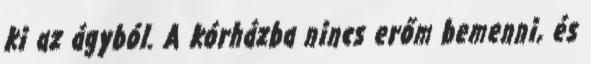
ki az ágyból. A kórházba nincs erőm bemenni, és